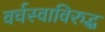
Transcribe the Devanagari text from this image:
वर्चस्वाविरुद्ध